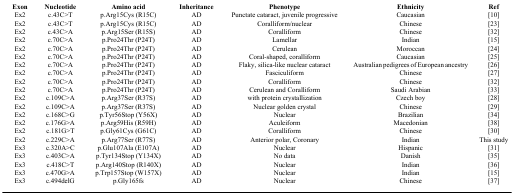
<table><thead><tr><td><b>Exon</b></td><td><b>Nucleotide</b></td><td><b>Amino acid</b></td><td><b>Inheritance</b></td><td><b>Phenotype</b></td><td><b>Ethnicity</b></td><td><b>Ref</b></td></tr></thead><tbody><tr><td>Ex2</td><td>c.43C&gt;T</td><td>p.Arg15Cys (R15C)</td><td>AD</td><td>Punctate cataract, juvenile progressive</td><td>Caucasian</td><td>[10]</td></tr><tr><td>Ex2</td><td>c.43C&gt;T</td><td>p.Arg15Cys (R15C)</td><td>AD</td><td>Coralliform/nuclear</td><td>Chinese</td><td>[23]</td></tr><tr><td>Ex2</td><td>c.43C&gt;A</td><td>p.Arg15Ser (R15S)</td><td>AD</td><td>Coralliform</td><td>Chinese</td><td>[32]</td></tr><tr><td>Ex2</td><td>c.70C&gt;A</td><td>p.Pro24Thr (P24T)</td><td>AD</td><td>Lamellar</td><td>Indian</td><td>[15]</td></tr><tr><td>Ex2</td><td>c.70C&gt;A</td><td>p.Pro24Thr (P24T)</td><td>AD</td><td>Cerulean</td><td>Moroccan</td><td>[24]</td></tr><tr><td>Ex2</td><td>c.70C&gt;A</td><td>p.Pro24Thr (P24T)</td><td>AD</td><td>Coral-shaped, coralliform</td><td>Caucasian</td><td>[25]</td></tr><tr><td>Ex2</td><td>c.70C&gt;A</td><td>p.Pro24Thr (P24T)</td><td>AD</td><td>Flaky, silica-like nuclear cataract</td><td>Australian pedigrees of European ancestry</td><td>[26]</td></tr><tr><td>Ex2</td><td>c.70C&gt;A</td><td>p.Pro24Thr (P24T)</td><td>AD</td><td>Fasciculiform</td><td>Chinese</td><td>[27]</td></tr><tr><td>Ex2</td><td>c.70C&gt;A</td><td>p.Pro24Thr (P24T)</td><td>AD</td><td>Coralliform</td><td>Chinese</td><td>[32]</td></tr><tr><td>Ex2</td><td>c.70C&gt;A</td><td>p.Pro24Thr (P24T)</td><td>AD</td><td>Cerulean and Coralliform</td><td>Saudi Arabian</td><td>[33]</td></tr><tr><td>Ex2</td><td>c.109C&gt;A</td><td>p.Arg37Ser (R37S)</td><td>AD</td><td>with protein crystallization</td><td>Czech boy</td><td>[28]</td></tr><tr><td>Ex2</td><td>c.109C&gt;A</td><td>p.Arg37Ser (R37S)</td><td>AD</td><td>Nuclear golden crystal</td><td>Chinese</td><td>[29]</td></tr><tr><td>Ex2</td><td>c.168C&gt;G</td><td>p.Tyr56Stop (Y56X)</td><td>AD</td><td>Nuclear</td><td>Brazilian</td><td>[34]</td></tr><tr><td>Ex2</td><td>c.176G&gt;A</td><td>p.Arg59His (R59H)</td><td>AD</td><td>Aculeiform</td><td>Macedonian</td><td>[38]</td></tr><tr><td>Ex2</td><td>c.181G&gt;T</td><td>p.Gly61Cys (G61C)</td><td>AD</td><td>Coralliform</td><td>Chinese</td><td>[30]</td></tr><tr><td>Ex2</td><td>c.229C&gt;A</td><td>p.Arg77Ser (R77S)</td><td>AD</td><td>Anterior polar, Coronary</td><td>Indian</td><td>This study</td></tr><tr><td>Ex3</td><td>c.320A&gt;C</td><td>p.Glu107Ala (E107A)</td><td>AD</td><td>Nuclear</td><td>Hispanic</td><td>[31]</td></tr><tr><td>Ex3</td><td>c.403C&gt;A</td><td>p.Tyr134Stop (Y134X)</td><td>AD</td><td>No data</td><td>Danish</td><td>[35]</td></tr><tr><td>Ex3</td><td>c.418C&gt;T</td><td>p.Arg140Stop (R140X)</td><td>AD</td><td>Nuclear</td><td>Indian</td><td>[36]</td></tr><tr><td>Ex3</td><td>c.470G&gt;A</td><td>p.Trp157Stop (W157X)</td><td>AD</td><td>Nuclear</td><td>Indian</td><td>[15]</td></tr><tr><td>Ex3</td><td>c.494delG</td><td>p.Gly165fs</td><td>AD</td><td>Nuclear</td><td>Chinese</td><td>[37]</td></tr></tbody></table>